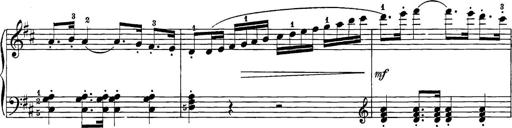
Title: 12 Sonatine per Pianoforte
Composer: Friedrich Kuhlau